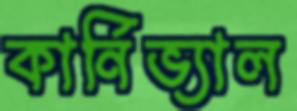
কার্নিভ্যাল